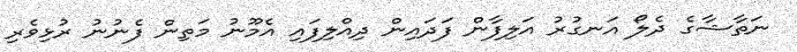
ނަތާޝާގެ ދެލޯ އަނގުރު އަލިފާން ފަދައިން ދިއްލިފައި އެމޫނު މަތިން ފެނުނު ރުޅިވެރި